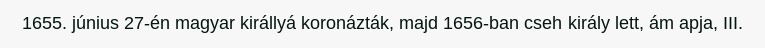
1655. június 27-én magyar királlyá koronázták, majd 1656-ban cseh király lett, ám apja, III.